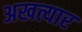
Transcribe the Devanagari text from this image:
अखत्यार